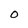
Character: 0